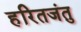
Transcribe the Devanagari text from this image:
हरितजंतु